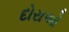
દોરાઓ